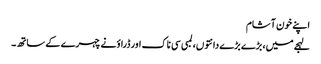
اپنے خون آشام
لہجے میں، بڑے بڑے دانتوں، لمبی سی ناک اور ڈراؤنے چہرے کے ساتھ۔